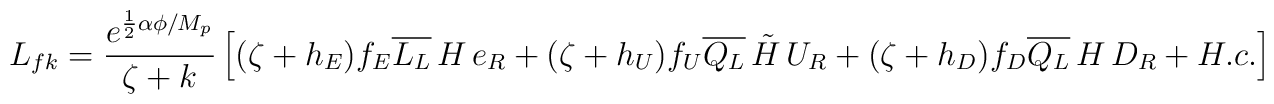
L_{fk}=\frac{ e^{\frac{1}{2}\alpha\phi /M_{p}}}{\zeta +k}\left[(\zeta +h_{E})       f_{E}\overline{L_{L}}\,H\,e_{R}+(\zeta +h_{U})       f_{U}\overline{Q_{L}}\,\tilde{H}\,U_{R}+(\zeta +h_{D})       f_{D}\overline{Q_{L}}\,H\,D_{R} +H.c.\right]